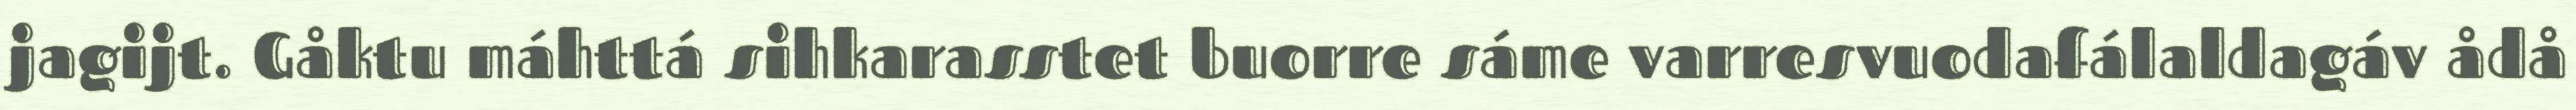
jagijt. Gåktu máhttá sihkarasstet buorre sáme varresvuodafálaldagáv ådå